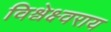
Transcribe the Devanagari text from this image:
विश्वेक्ष्वराय